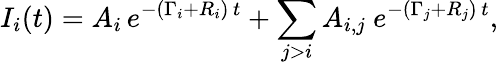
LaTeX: I_{i}(t)=A_{i}\, e^{-(\Gamma_{i}+R_{i})\, t}+\sum_{j>i}A_{i,j}~e^{-(\Gamma_{j}+R_{j})\, t},